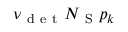
\nu _ { \mathrm { ~ d ~ e ~ t ~ } } N _ { \mathrm { ~ S ~ } } p _ { k }